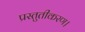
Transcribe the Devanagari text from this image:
प्रस्तुतीकरण।